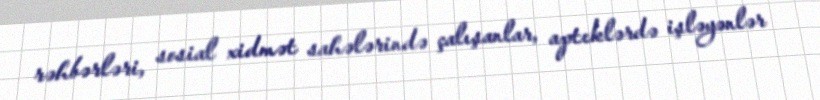
rəhbərləri, sosial xidmət sahələrində çalışanlar, apteklərdə işləyənlər